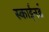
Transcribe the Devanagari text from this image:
स्काईनर्ड